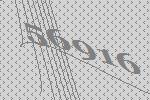
56916